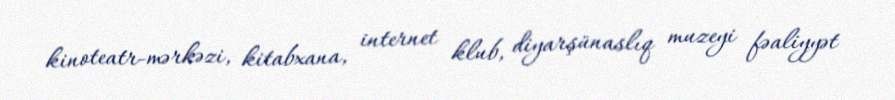
kinoteatr-mərkəzi, kitabxana, internet klub, diyarşünaslıq muzeyi fəaliyyət